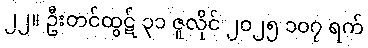
၂၂။ ဦးတင်ထွဋ် ၃၁ ဇူလိုင် ၂၀၂၅ ၁၀၇ ရက်